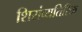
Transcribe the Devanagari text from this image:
शिरांव्यतिरिक्त